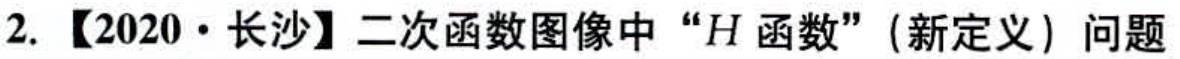
2.【2020·长沙】二次函数图像中“\(H\)函数”(新定义) 问题